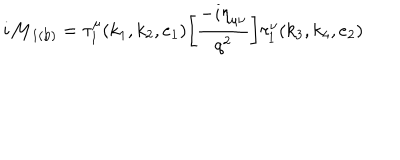
{ i \cal M } _ { \mathrm { 1 ( b ) } } = \tau _ { 1 } ^ { \mu } ( k _ { 1 } , k _ { 2 } , e _ { 1 } ) \bigg [ \frac { - i { \eta } _ { \mu \nu } } { q ^ { 2 } } \bigg ] \tau _ { 1 } ^ { \nu } ( k _ { 3 } , k _ { 4 } , e _ { 2 } )